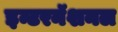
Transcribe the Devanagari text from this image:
इन्टरनॅशनल